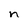
Character: n